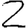
Digit: 2